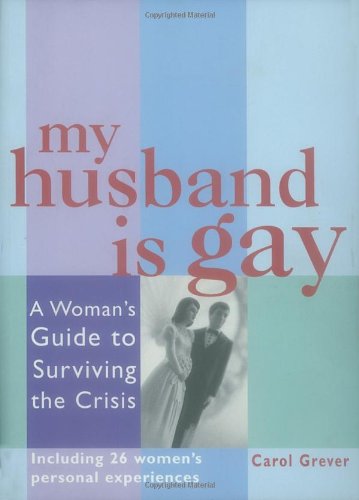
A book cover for My Husband Is Gay: A Woman's Guide to Surviving the Crisis; Carol Grever; Gay & Lesbian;